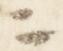
ニ